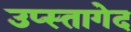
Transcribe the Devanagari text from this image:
उप्स्तागेद